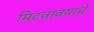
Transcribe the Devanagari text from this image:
मिटवावयाचें